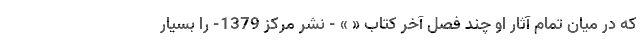
که در میان تمام آثار او چند فصل آخر کتاب « » - نشر مرکز 1379- را بسیار